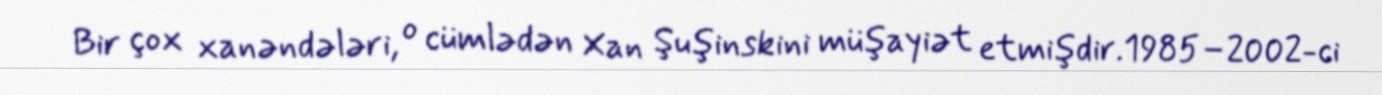
Bir çox xanəndələri, o cümlədən Xan Şuşinskini müşayiət etmişdir.1985–2002-ci